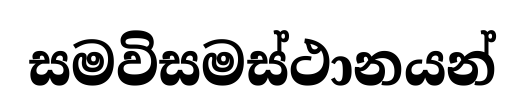
සමවිසමස්ථානයන්